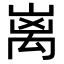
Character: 𮂬